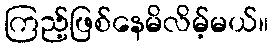
ကြည့်ဖြစ်နေမိလိမ့်မယ်။